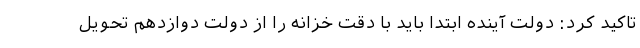
تاکید کرد: دولت آینده ابتدا باید با دقت خزانه را از دولت دوازدهم تحویل